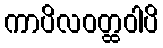
ကာပိလဝတ္ထဝါပိ